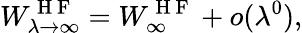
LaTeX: W_{\lambda\to\infty}^{\mathrm{~H~F~}}=W_{\infty}^{\mathrm{~H~F~}}+o(\lambda^{0}),